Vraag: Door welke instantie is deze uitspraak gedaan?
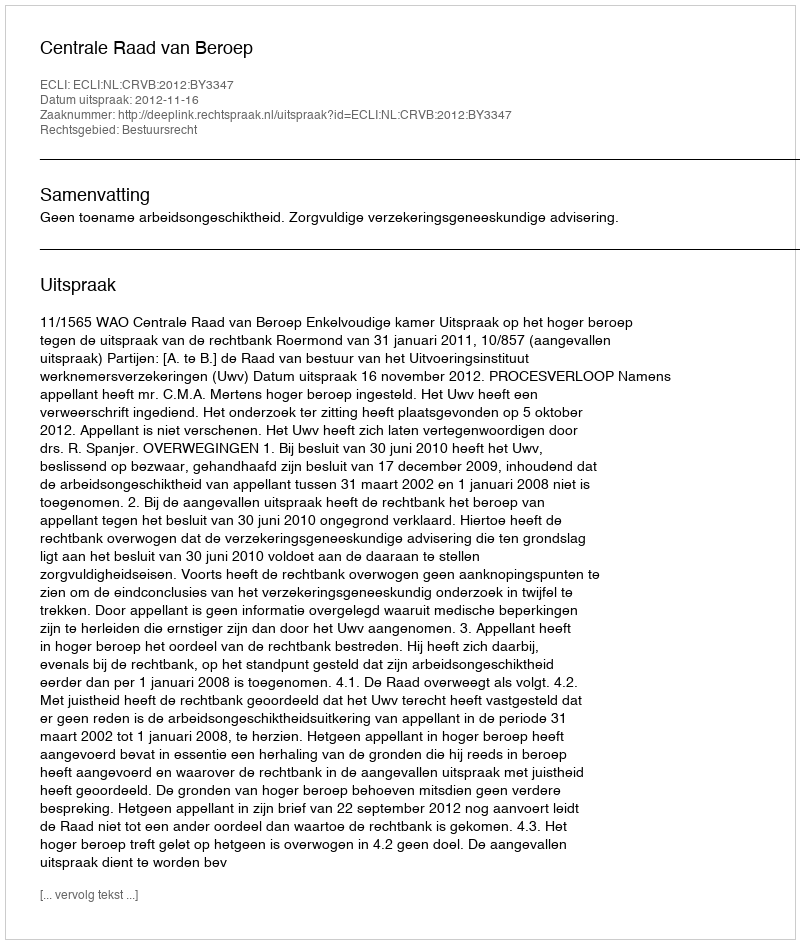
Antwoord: Centrale Raad van Beroep